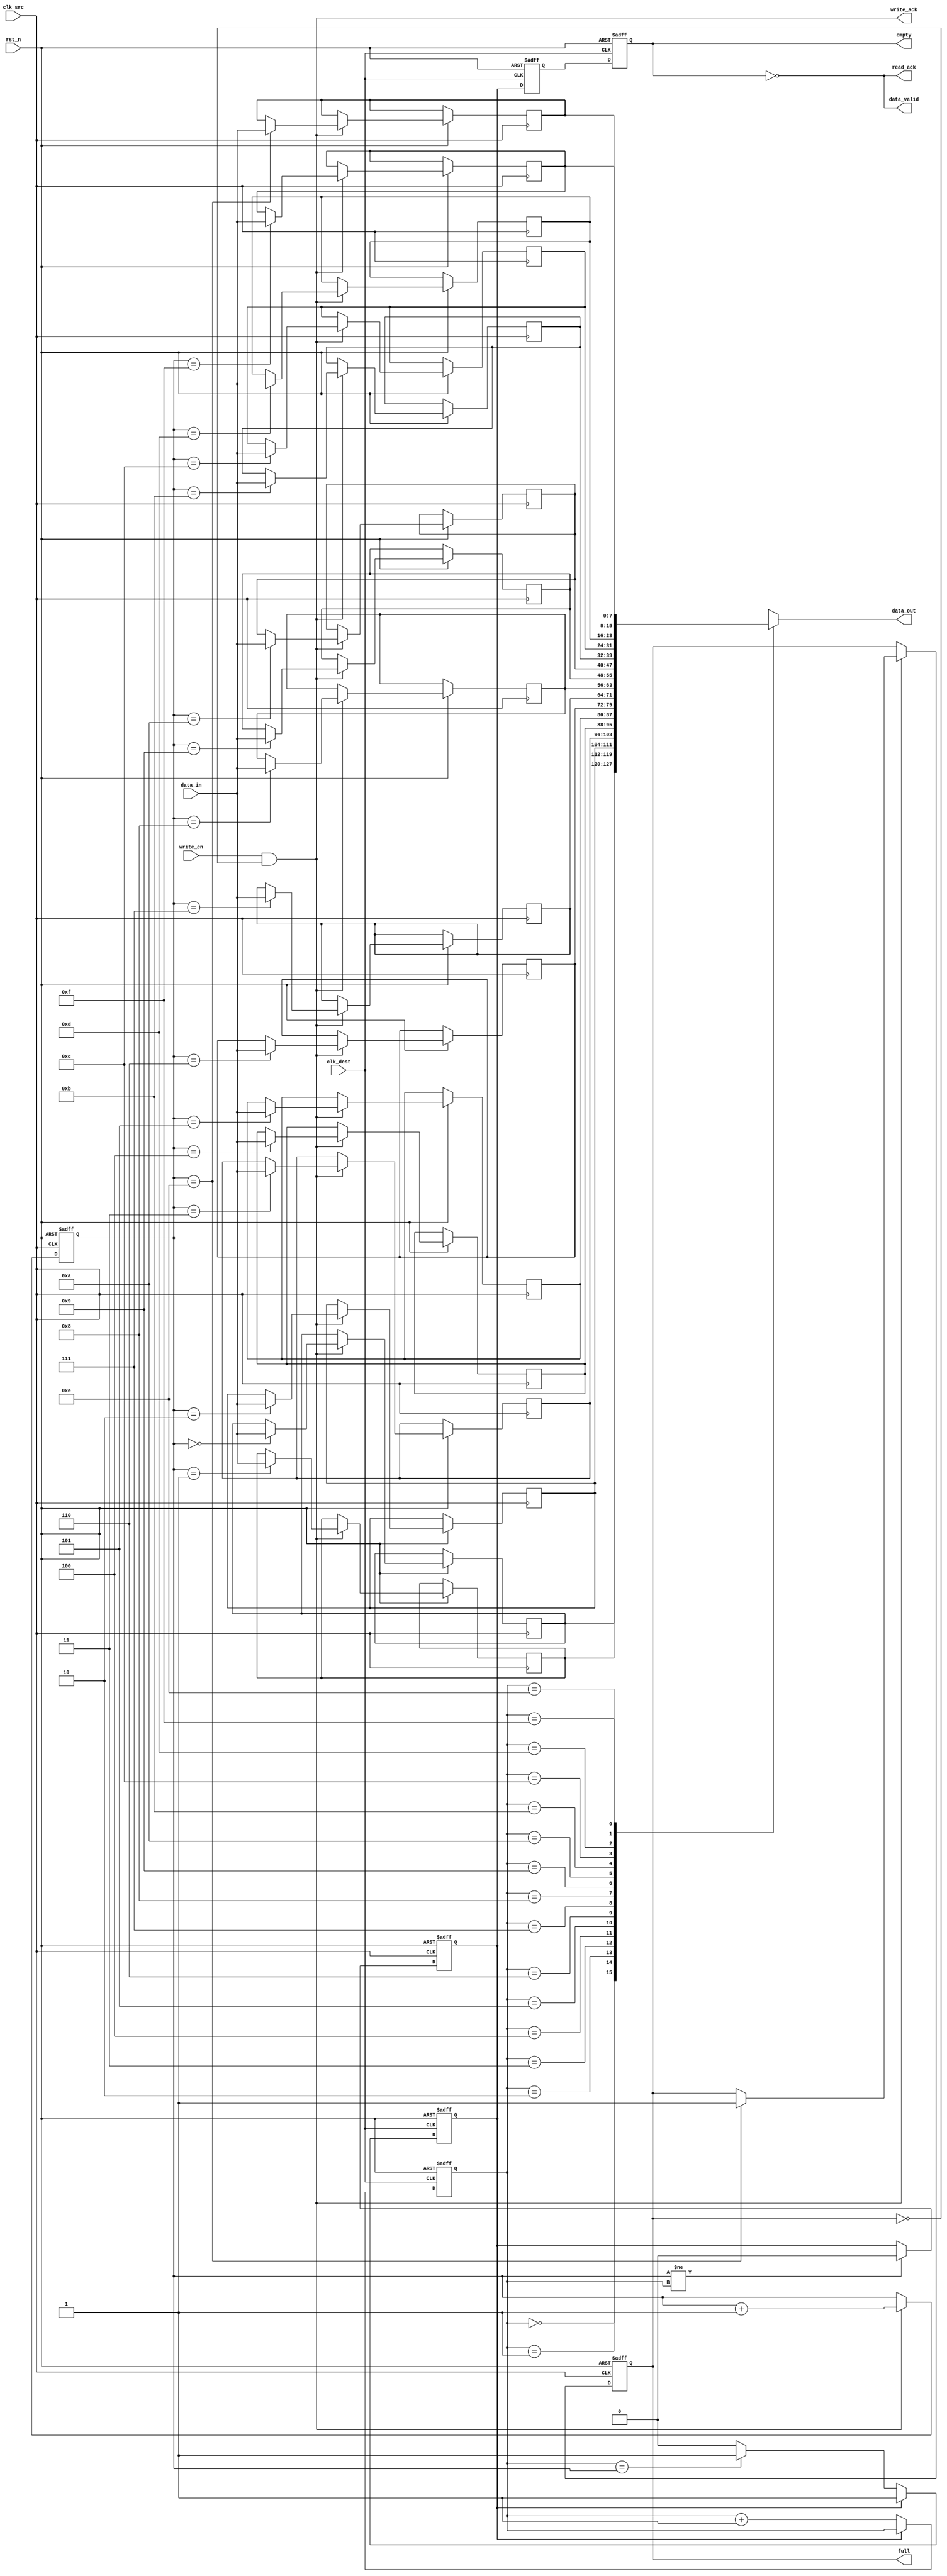
module fifo_synchronizer #(
    parameter DATA_WIDTH = 8,  // Width of the data
    parameter FIFO_DEPTH = 16   // Depth of the FIFO
)(
    input wire clk_src,          // Source clock
    input wire clk_dest,         // Destination clock
    input wire rst_n,            // Asynchronous reset, active low
    input wire [DATA_WIDTH-1:0] data_in,  // Data input for the FIFO
    input wire write_en,         // Write enable signal
    output wire full,            // Full flag
    output wire empty,           // Empty flag
    output wire [DATA_WIDTH-1:0] data_out, // Data output from the FIFO
    output wire data_valid,      // Data valid signal
    output wire write_ack,       // Write acknowledgment
    output wire read_ack         // Read acknowledgment
);

    // FIFO Memory
    reg [DATA_WIDTH-1:0] fifo_mem[FIFO_DEPTH-1:0];

    // Pointer registers
    reg [3:0] w_ptr;  // Write pointer
    reg [3:0] r_ptr;  // Read pointer

    // FIFO status flags
    reg full_reg;
    reg empty_reg;

    // Synchronize empty flag across clock domains
    reg empty_sync_1, empty_sync_2;

    // Write operation
    always @(posedge clk_src or negedge rst_n) begin
        if (!rst_n) begin
            w_ptr <= 0;
            full_reg <= 0;
        end else if (write_en && !full_reg) begin
            fifo_mem[w_ptr] <= data_in; // Write data to FIFO
            w_ptr <= w_ptr + 1;          // Increment write pointer
            if (w_ptr == FIFO_DEPTH - 2)  // Check if full after writing
                full_reg <= 1;
        end
    end

    // Read operation
    always @(posedge clk_dest or negedge rst_n) begin
        if (!rst_n) begin
            r_ptr <= 0;
            empty_reg <= 1;
        end else if (!empty_reg) begin
            r_ptr <= r_ptr + 1;         // Increment read pointer
            if (r_ptr == w_ptr)          // Check if empty after reading
                empty_reg <= 1;
        end
    end

    // Update empty status
    always @(posedge clk_src or negedge rst_n) begin
        if (!rst_n) begin
            empty_reg <= 1;
        end else if (w_ptr != r_ptr) begin 
            empty_reg <= 0;            // FIFO not empty
        end
    end

    // Synchronize empty signal to destination clock domain
    always @(posedge clk_dest or negedge rst_n) begin
        if (!rst_n) begin
            empty_sync_1 <= 1;
            empty_sync_2 <= 1;
        end else begin
            empty_sync_1 <= empty_reg;
            empty_sync_2 <= empty_sync_1;
        end
    end

    // Assign output signals
    assign full = full_reg;
    assign empty = empty_sync_2;
    assign data_out = fifo_mem[r_ptr];
    assign data_valid = !empty_sync_2;
    assign write_ack = write_en && !full_reg;
    assign read_ack = !empty_sync_2;

endmodule